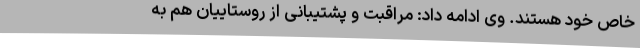
خاص خود هستند. وی ادامه داد: مراقبت و پشتیبانی از روستاییان هم به